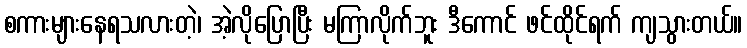
စကားများနေရသလားတဲ့၊ အဲ့လိုပြောပြီး မကြာလိုက်ဘူး ဒီကောင် ဖင်ထိုင်ရက် ကျသွားတယ်။